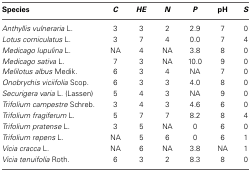
| Species | C | HE | N | P | pH | S |
 | --- | --- | --- | --- | --- | --- | --- |
 | Anthyllis vulneraria L. | 3 | 3 | 2 | 2.9 | 7 | 0 |
 | Lotus corniculatus L. | 3 | 7 | 4 | 0.0 | 7 | 4 |
 | Medicago lupulina L. | NA | 4 | NA | 3.8 | 8 | 0 |
 | Medicago sativa L. | 7 | 3 | NA | 10.0 | 9 | 0 |
 | Melilotus albus Medik. | 6 | 3 | 4 | NA | 7 | 0 |
 | Onobrychis viciifolia Scop. | 6 | 3 | 3 | 4.0 | 8 | 0 |
 | Securigera varia L. (Lassen) | 5 | 4 | 3 | NA | 9 | 0 |
 | Trifolium campestre Schreb. | 3 | 4 | 3 | 4.6 | 6 | 0 |
 | Trifolium fragiferum L. | 5 | 7 | 7 | 8.2 | 8 | 4 |
 | Trifolium pratense L. | 3 | 5 | NA | 0 | 6 | 0 |
 | Trifolium repens L. | NA | 5 | 6 | 0 | 6 | 1 |
 | Vicia cracca L. | NA | 6 | NA | 3.8 | NA | 1 |
 | Vicia tenuifolia Roth. | 6 | 3 | 2 | 8.3 | 8 | 0 |